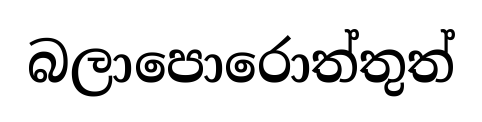
බලාපොරොත්තුත්